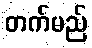
တက်မည်